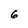
Character: 6